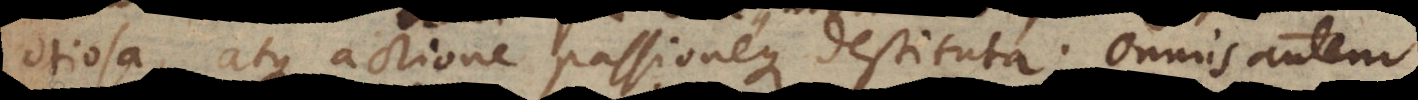
otiosa, atque actione passioneque destituta. Omnis autem